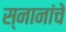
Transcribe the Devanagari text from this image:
स्नानांचे